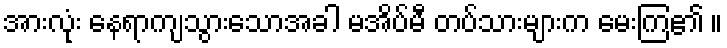
အားလုံး နေရာကျသွားသောအခါ မအိပ်မီ တပ်သားများက မေးကြ၏ ။